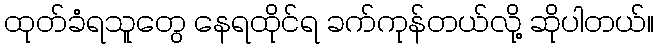
ထုတ်ခံရသူတွေ နေရထိုင်ရ ခက်ကုန်တယ်လို့ ဆိုပါတယ်။